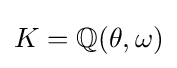
K=\mathbb {Q} (\theta ,\omega )